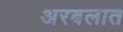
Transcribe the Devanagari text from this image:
अरबलात